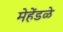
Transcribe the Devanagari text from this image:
मेहेंडळे